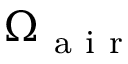
\Omega _ { \mathrm { ~ a ~ i ~ r ~ } }